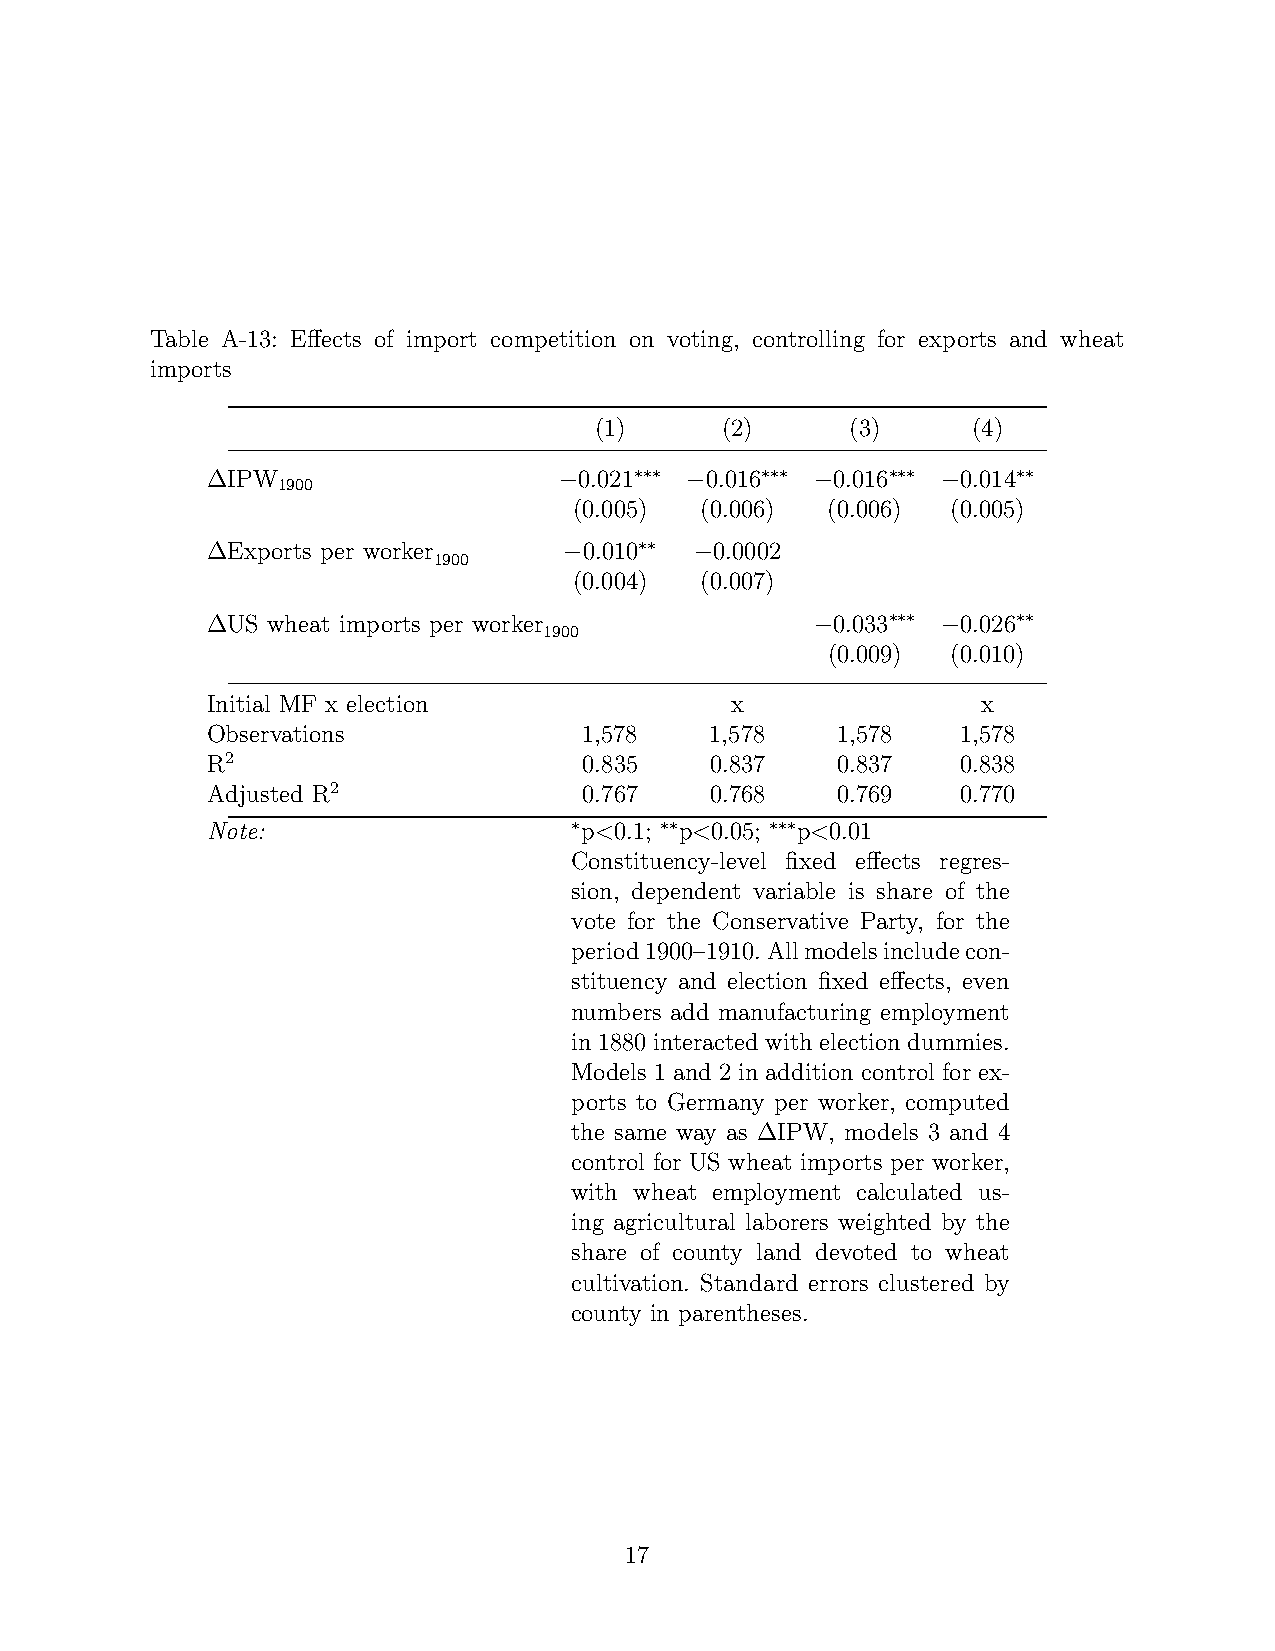
Table A-13: Effects of import competition on voting, controlling for exports and wheat
 imports
 (1)      (2)     (3)     (4)
 ∆IPW                   −0.021∗∗∗ −0.016∗∗∗ −0.016∗∗∗ −0.014∗∗
 1900
 (0.005) (0.006)  (0.006) (0.005)
 ∆Exports per worker    −0.010∗∗ −0.0002
 1900
 (0.004) (0.007)
 ∆US wheat imports per worker            −0.033∗∗∗ −0.026∗∗
 1900
 (0.009) (0.010)
 Initial MF x election             x                x
 Observations             1,578   1,578   1,578    1,578
 R2                       0.835   0.837   0.837    0.838
 Adjusted R2              0.767   0.768   0.769    0.770
 Note:                   ∗p<0.1; ∗∗p<0.05; ∗∗∗p<0.01
 Constituency-level fixed effects regres-
 sion, dependent variable is share of the
 vote for the Conservative Party, for the
 period1900–1910.Allmodelsincludecon-
 stituency and election fixed effects, even
 numbers add manufacturing employment
 in 1880 interacted with election dummies.
 Models 1 and 2 in addition control for ex-
 ports to Germany per worker, computed
 the same way as ∆IPW, models 3 and 4
 control for US wheat imports per worker,
 with wheat employment calculated us-
 ing agricultural laborers weighted by the
 share of county land devoted to wheat
 cultivation. Standard errors clustered by
 county in parentheses.
 17